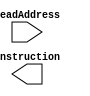
/*INCOMPLETE*/
module Instruction_memory(input [31:0] ReadAddress, output[31:0] instruction);


	
endmodule